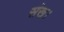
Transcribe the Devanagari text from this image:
संख।